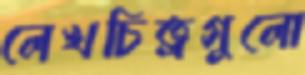
লেখচিত্রগুলো